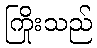
ကြိုးသည်